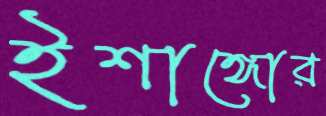
ইশাঙ্গোর